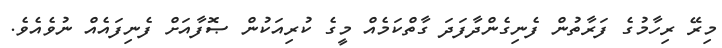
މިރޭ ރިހާމުގެ ފަރާތުން ފެނިގެންދާފަދަ ގާތްކަމެއް މީގެ ކުރިއަކުން ޞޮފާއަށް ފެނިފައެއް ނުވެއެވެ.